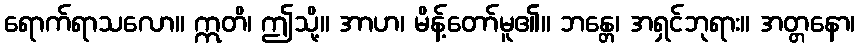
ရောက်ရာသလော။ ဣတိ၊ ဤသို့။ အာဟ၊ မိန့်တော်မူ၏။ ဘန္တေ၊ အရှင်ဘုရား။ အတ္တနော၊